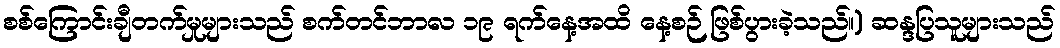
စစ်ကြောင်းချီတက်မှုများသည် စက်တင်ဘာလ ၁၉ ရက်နေ့အထိ နေ့စဉ် ဖြစ်ပွားခဲ့သည်။) ဆန္ဒပြသူများသည်